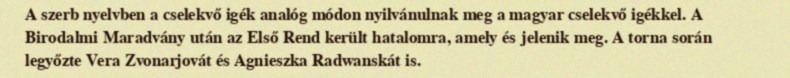
A szerb nyelvben a cselekvő igék analóg módon nyilvánulnak meg a magyar cselekvő igékkel. A Birodalmi Maradvány után az Első Rend került hatalomra, amely és jelenik meg. A torna során legyőzte Vera Zvonarjovát és Agnieszka Radwanskát is.